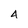
Character: 4